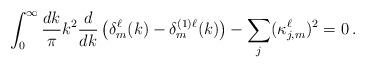
LaTeX: \begin{align*}\int_0^\infty \frac{dk}{\pi} k^2 \frac{d}{dk}\left(\delta_m^\ell(k) -\delta_m^{(1)\ell}(k) \right) - \sum_j (\kappa^\ell_{j,m})^2 = 0\, .\end{align*}